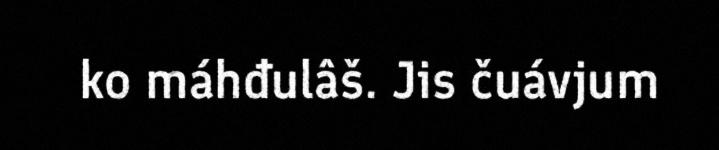
ko máhđulâš. Jis čuávjum